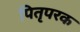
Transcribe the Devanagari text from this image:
पितृपरक